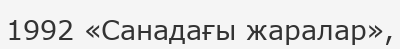
1992 «Санадағы жаралар»,